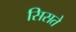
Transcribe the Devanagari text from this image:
सिसते